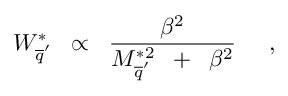
W _ { \overline { { { q } } } ^ { \prime } } ^ { * } \; \; \propto \; \; \frac { \beta ^ { 2 } } { M _ { \overline { { { q } } } ^ { \prime } } ^ { * 2 } \; \; + \; \; \beta ^ { 2 } } \; \; \; \; \; ,